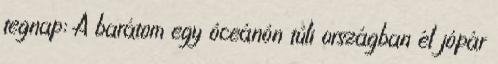
tegnap: A barátom egy óceánón túli országban él jópár